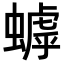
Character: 𬠦